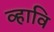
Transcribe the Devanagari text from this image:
व्हावि